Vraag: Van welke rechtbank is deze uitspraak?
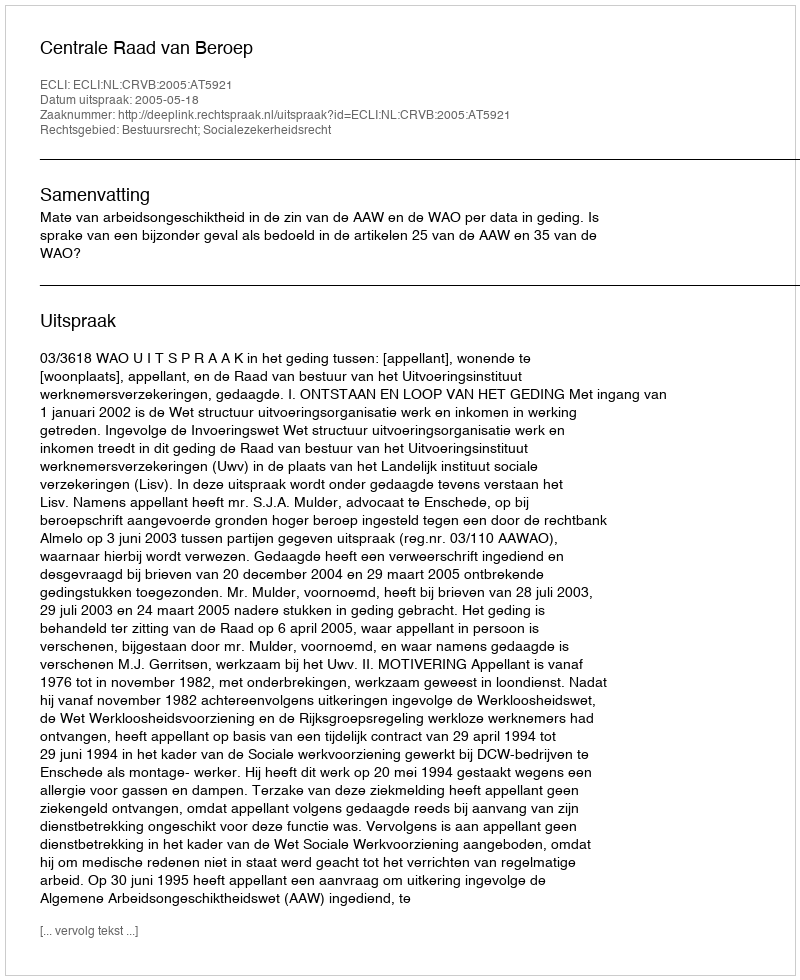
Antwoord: Centrale Raad van Beroep